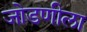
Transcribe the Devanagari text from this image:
जोडणीला